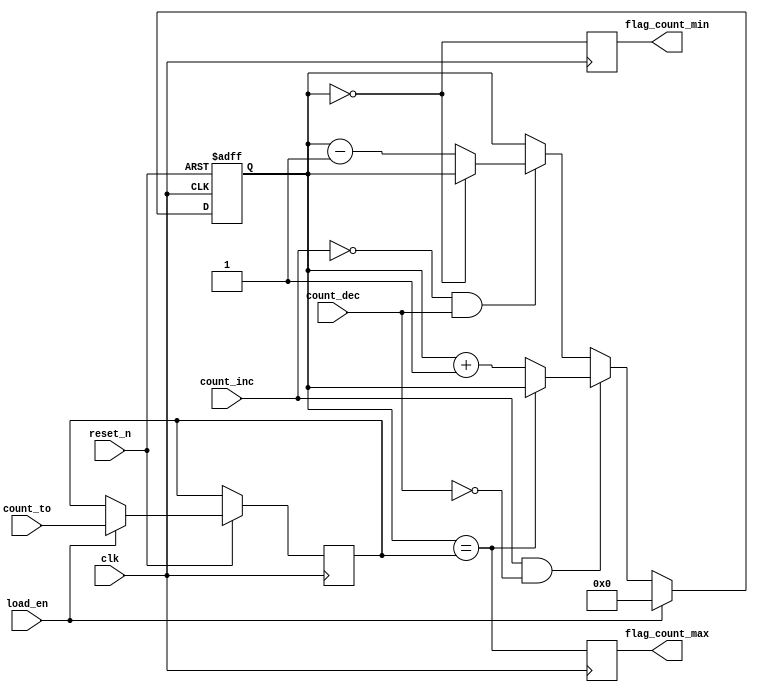
module Counter(
  input wire clk,
  input wire reset_n,
  input wire [3:0] count_to,
  input wire count_inc,
  input wire count_dec,
  input wire load_en,
  output reg flag_count_max,
  output reg flag_count_min
);

  reg [3:0] counter;
  reg [3:0] count_max;

  always @(posedge clk or negedge reset_n) begin
    if (~reset_n) begin
      counter <= 4'b0000;
    end else begin
      if (load_en) begin
        counter <= 4'b0000;
        count_max <= count_to;
      end else begin
        if (count_inc & ~count_dec) begin
          counter <= (counter == count_max) ? counter : counter + 1;
        end else if (~count_inc & count_dec) begin
          counter <= (counter == 4'b0000) ? counter : counter - 1;
        end
      end
    end
  end

  always @(posedge clk) begin
    flag_count_max <= (counter == count_max);
    flag_count_min <= (counter == 4'b0000);
  end

endmodule